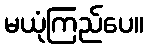
မယုံကြည်ပေ။